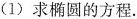
(1)求椭圆的方程。